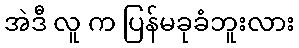
အဲဒီ လူ က ပြန်မခုခံဘူးလား